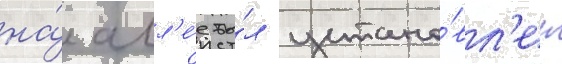
на́ алл'е́е бы́л устано́вл'ен